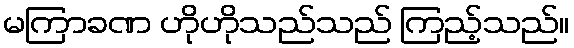
မကြာခဏ ဟိုဟိုသည်သည် ကြည့်သည်။